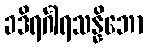
ခဒိရင်္ဂါရသန္နိဘော